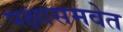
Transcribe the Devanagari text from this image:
पक्षासमवेत